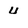
Character: 4